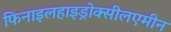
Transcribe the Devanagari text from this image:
फिनाइलहाइड्रोक्सीलएमीन